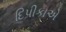
દિપીકાએ